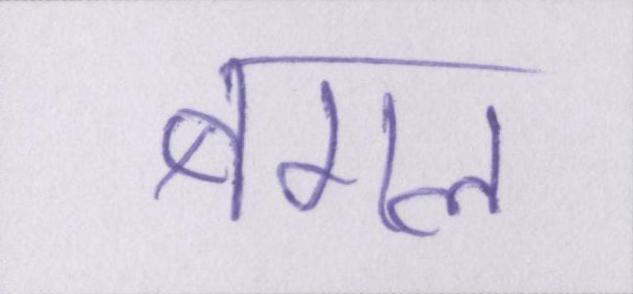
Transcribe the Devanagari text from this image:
बगल